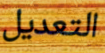
التعديل